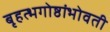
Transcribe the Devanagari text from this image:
बृहत्भगोष्ठांभोवती